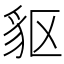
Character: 䝙